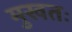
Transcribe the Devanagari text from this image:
मुखतः